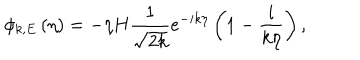
LaTeX: \phi _ { k , E } \left( \eta \right) = - \eta H \frac { 1 } { \sqrt { 2 k } } e ^ { - i k \eta } \left( 1 - \frac { i } { k \eta } \right) ,